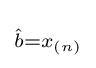
\scriptstyle {\hat {b}}=x_{(n)}